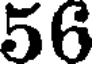
56